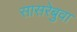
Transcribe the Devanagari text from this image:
सासरेबुवा